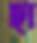
ছা